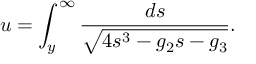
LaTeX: u = \int _ { y } ^ { \infty } { \frac { d s } { \sqrt { 4 s ^ { 3 } - g _ { 2 } s - g _ { 3 } } } } .